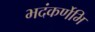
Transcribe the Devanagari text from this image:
भदंकर्णेभि